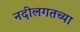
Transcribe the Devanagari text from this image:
नदीलगतच्या